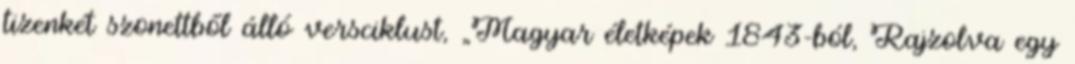
tizenkét szonettből álló versciklust, „Magyar életképek 1843-ból, Rajzolva egy